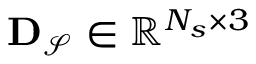
\mathbf { D } _ { \mathcal { S } } \in \mathbb { R } ^ { N _ { s } \times 3 }